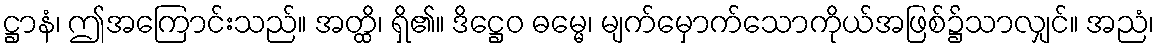
ဋ္ဌာနံ၊ ဤအကြောင်းသည်။ အတ္ထိ၊ ရှိ၏။ ဒိဋ္ဌေဝ ဓမ္မေ၊ မျက်မှောက်သောကိုယ်အဖြစ်၌သာလျှင်။ အညံ၊